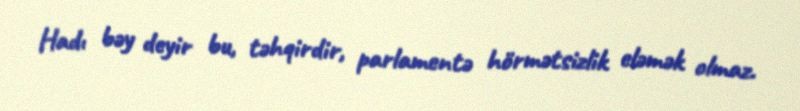
Hadı bəy deyir bu, təhqirdir, parlamentə hörmətsizlik eləmək olmaz.